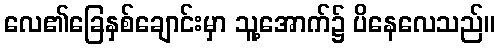
လေ၏ခြေနှစ်ချောင်းမှာ သူ့အောက်၌ ပိနေလေသည်။